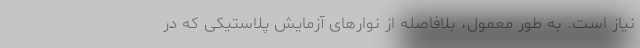
نیاز است. به طور معمول، بلافاصله از نوارهای آزمایش پلاستیکی که در